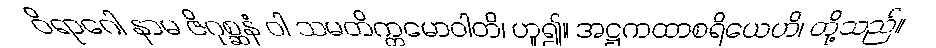
ဝိရာဂေါ နာမ ဇိဂုစ္ဆနံ ဝါ သမတိက္ကမောဝါတိ၊ ဟူ၍။ အဋ္ဌကထာစရိယေဟိ၊ တို့သည်။